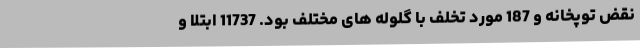
نقض توپخانه و 187 مورد تخلف با گلوله های مختلف بود. 11737 ابتلا و